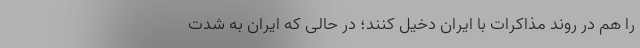
را هم در روند مذاکرات با ایران دخیل کنند؛ در حالی که ایران به شدت